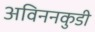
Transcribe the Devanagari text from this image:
अविननकुडी